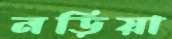
নড়িয়া